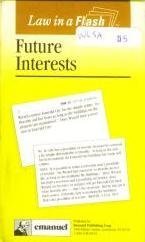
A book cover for Future Interests (Law in a Flash) 2nd Edition; Kimm Walton; Business & Money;